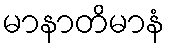
မာနာတိမာနံ